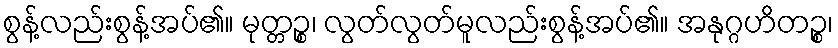
စွန့်လည်းစွန့်အပ်၏။ မုတ္တဉ္စ၊ လွတ်လွတ်မူလည်းစွန့်အပ်၏။ အနုဂ္ဂဟိတဉ္စ၊